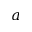
a